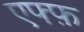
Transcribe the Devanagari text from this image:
एफ्फ़